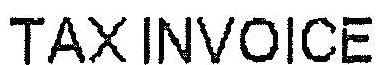
TAXINVOICE